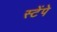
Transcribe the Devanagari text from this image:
स्टेंपे